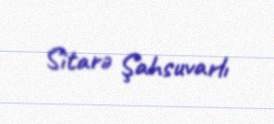
Sitarə Şahsuvarlı